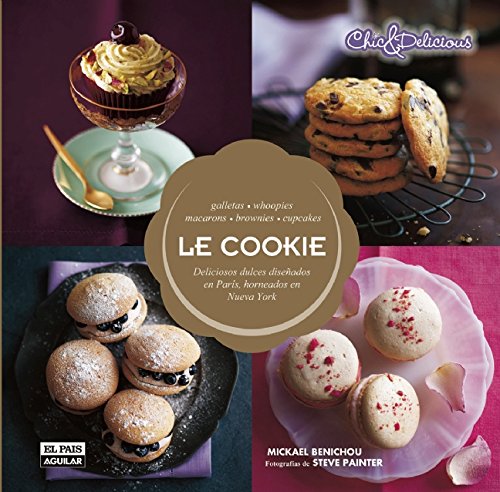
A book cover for Le Cookie: Deliciosos dulces (Spanish Edition); Michael Benichou; Cookbooks, Food & Wine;